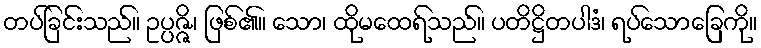
တပ်ခြင်းသည်။ ဥပ္ပဇ္ဇိ၊ ဖြစ်၏။ သော၊ ထိုမထေရ်သည်။ ပတိဋ္ဌိတပါဒံ၊ ရပ်သောခြေကို။